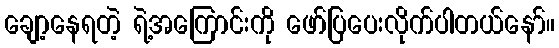
ချော့နေရတဲ့ ရဲ့အကြောင်းကို ဖော်ပြပေးလိုက်ပါတယ်နော်။